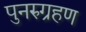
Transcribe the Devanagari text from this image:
पुनरुग्रहण